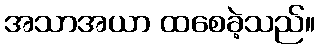
အသာအယာ ထစေခဲ့သည်။